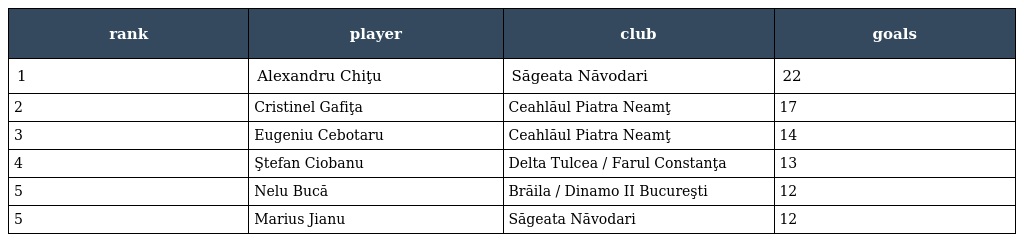
| rank | player | club | goals |
 | --- | --- | --- | --- |
 | 1 | Alexandru Chiţu | Săgeata Năvodari | 22 |
 | 2 | Cristinel Gafiţa | Ceahlăul Piatra Neamţ | 17 |
 | 3 | Eugeniu Cebotaru | Ceahlăul Piatra Neamţ | 14 |
 | 4 | Ştefan Ciobanu | Delta Tulcea / Farul Constanţa | 13 |
 | 5 | Nelu Bucă | Brăila / Dinamo II Bucureşti | 12 |
 | 5 | Marius Jianu | Săgeata Năvodari | 12 |